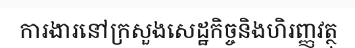
ការងារនៅក្រសួងសេដ្ឋកិច្ចនិងហិរញ្ញវត្ថុ